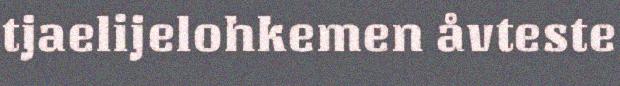
tjaelijelohkemen åvteste